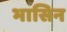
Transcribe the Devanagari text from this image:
भासिन